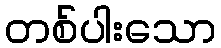
တစ်ပါးသော